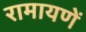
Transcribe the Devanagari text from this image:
रामायणें